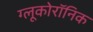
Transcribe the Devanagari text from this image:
ग्लूकोरॉनिक